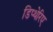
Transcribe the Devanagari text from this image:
डिप्थेरिए